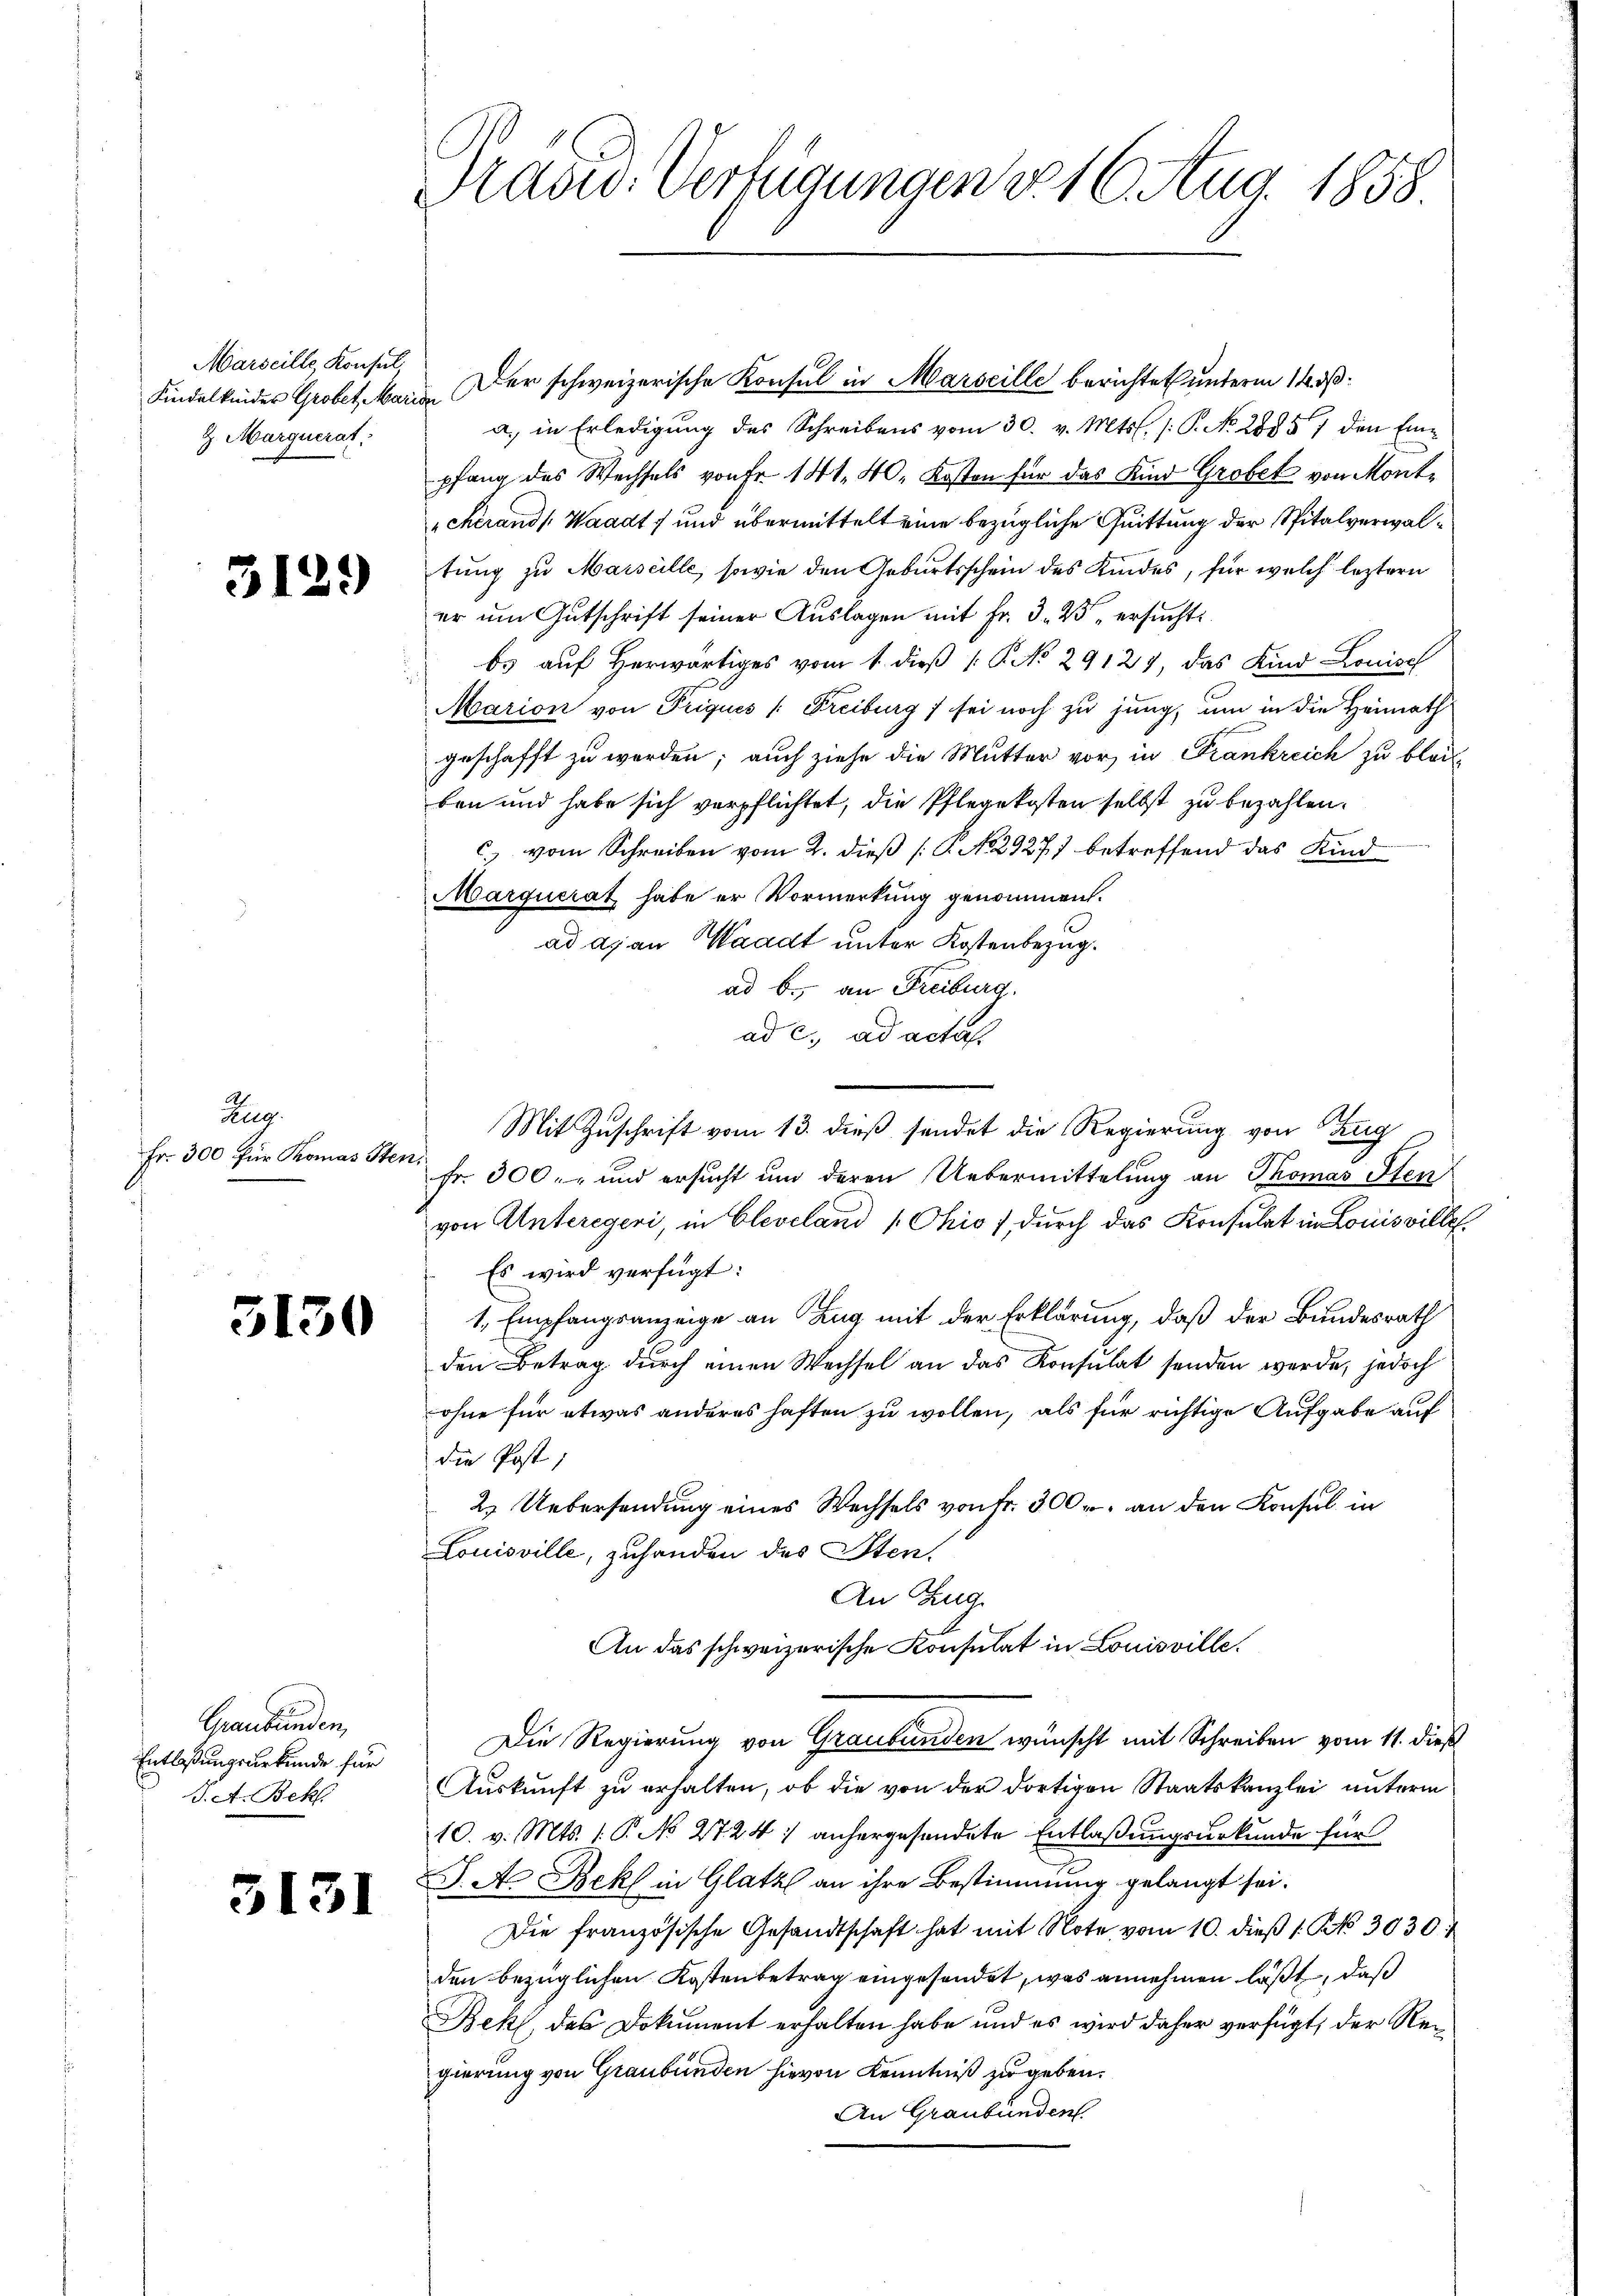
Marseille Konsul,
Kindelkinder Grobet, Marien
H. Marguerat

3129

Zug.
Fr. 300 für Thomas Sten.

5130

Graubünden,
Entlaßungsurkunde für
J. A. Bekl

3131

Masu- Verfügungen d. 16. Aug. 1858

Der schweizerische Konsul in Marseille berichtet unterm 14. ds.
a. in Erledigung des Schreibens vom 30. v. Mts. /: P. No. 28857 den Eine
pfang des Wechsels von Fr. 141. 40. Kosten für das Kind Grobek von Mont-
cherand Waadt, und übermittelt eine bezügliche Quittung der Spitalverwaltung zu Marseille, sowie den Geburtsschein des Kindes, für welch leztern
er um Gutschrift seiner Auslagen mit Fr. 3. 25 " ersucht
bs auf Herwärtiges vom 1. dieß P. No 29127, das Kind Louise
Marion von Priques /: Freiburg) sei noch zu jung, um in die Heimathgeschafft zu werden; auch ziehe die Mutter vor, in Frankreich zu bleib
ben und habe sich verpflichtet, die Pflegekosten selbst zu bezahlen.
c. vom Schreiben vom 2. dieß (N. N. 29271 betreffend das Kind
Marquerat habe er Vormerkung genommen.
ad a. an Waadt unter Kostenbezug.
ad b., an Freiburg.
ad c. ad actas
Mit Zuschrift vom 13. dieß sendet die Regierung von Taug
fr. 300.- und ersucht um deren Uebermittelung an Thomas Sten
von Unteregeri, in Cleveland „Chio) durch das Konsulat in Louisville¬
Es wird verfügt:
1., Empfangsanzeige an Zug mit der Erklärung, daß der Bundesrath
den Betrag durch einen Wechsel an das Konsulat senden werde, jedoch
ohne für etwas anderes haften zu wollen, als für richtige Aufgabe auf
die Post,
2. Uebersendung eines Wechsels von Fr. 300 r. an den Konsul in
Louisville, zuhanden des Sten,
An Zug
An das schweizerische Konsulat in Louisville.
Die Regierung von Graubünden wünscht mit Schreiben vom 11. dieß
Auskunft zu erhalten, ob die von der dortigen Staatskanzlei unterm
10. v. Mts. 1. P. No 2724. anhergesendete Entlaßungsurkunde für
J. A. Bekl in Glatz an ihre Bestimmung gelangt sei.
Die französische Gesandtschaft hat mit Note vom 10. dieβ (: No 3030.
den bezüglichen Kostenbetrag eingesendet, was annehmen läßt, daß
Bekt, das Dokument erhalten habe und es wird daher verfügt, der Regierung von Graubünden hievon Kenntniß zu geben.
An Graubünden.